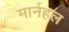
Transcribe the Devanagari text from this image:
मार्नहल